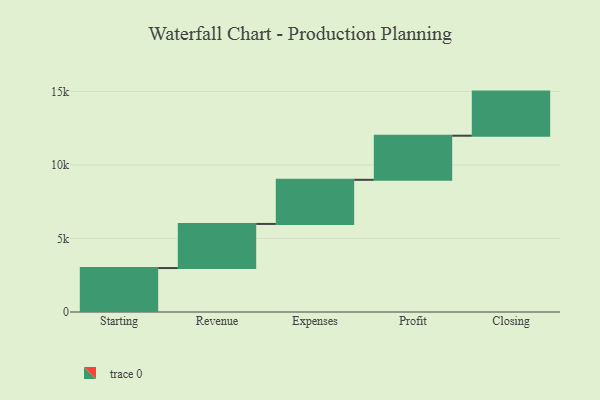
{"axis": {"x": "Step", "y": "Value"}, "legend": [""], "data": [{"x": "Starting", "y": 2989.0, "type": ""}, {"x": "Revenue", "y": 3000, "type": ""}, {"x": "Expenses", "y": 3000, "type": ""}, {"x": "Profit", "y": 3000, "type": ""}, {"x": "Closing", "y": 3000, "type": ""}]}